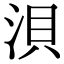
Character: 浿